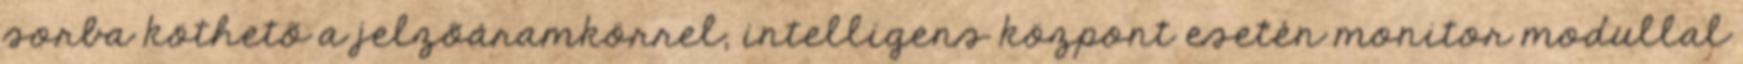
sorba köthetõ a jelzõáramkörrel, intelligens központ esetén monitor modullal